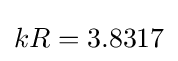
kR=3.8317